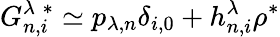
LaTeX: G_{n,i}^{\lambda\; *}\simeq p_{\lambda,n}\delta_{i,0}+h_{n,i}^{\lambda}\rho^{*}